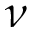
\nu